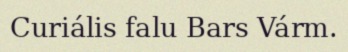
Curiális falu Bars Várm.